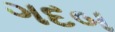
ગદબ